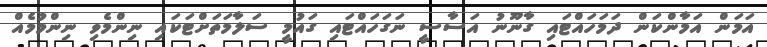
އަމަން އަމާންކަން ދަމަހައްޓައި ގާނޫނު އަސާސީ ނަގަހައްޓައި ގައުމީ ސަލާމަތަށްޓަކައި ނިންމެވި ނިންމުމެއް